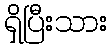
ရှိပြီးသား